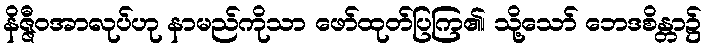
နိဇ္ဇီဝအာလုပ်ဟု နာမည်ကိုသာ ဖော်ထုတ်ပြကြ၏၊ သို့သော် ဘေဒစိန္တာ၌